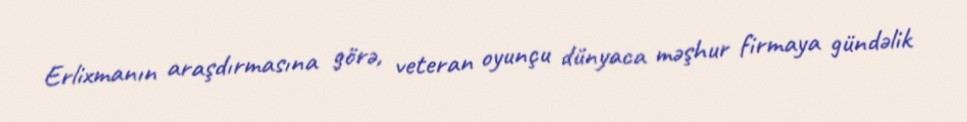
Erlixmanın araşdırmasına görə, veteran oyunçu dünyaca məşhur firmaya gündəlik